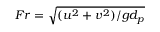
F r = \sqrt { ( u ^ { 2 } + v ^ { 2 } ) / g d _ { p } }